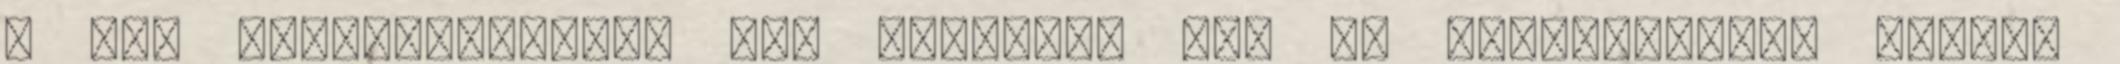
ő még miniszterkedne egy keveset. Azt is szemrebbenés nélkül